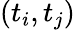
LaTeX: (t_{i},t_{j})